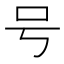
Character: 号